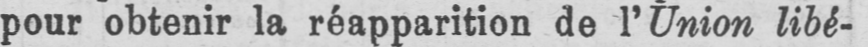
pour obtenir la réapparition de l’ Union libé-